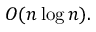
O ( n \log n ) .